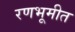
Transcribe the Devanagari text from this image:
रणभूमीत